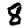
Digit: 8